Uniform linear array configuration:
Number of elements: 64
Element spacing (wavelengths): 0.25
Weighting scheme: uniform
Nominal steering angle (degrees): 45
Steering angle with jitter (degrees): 43.975
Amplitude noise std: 0.05
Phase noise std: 0.05

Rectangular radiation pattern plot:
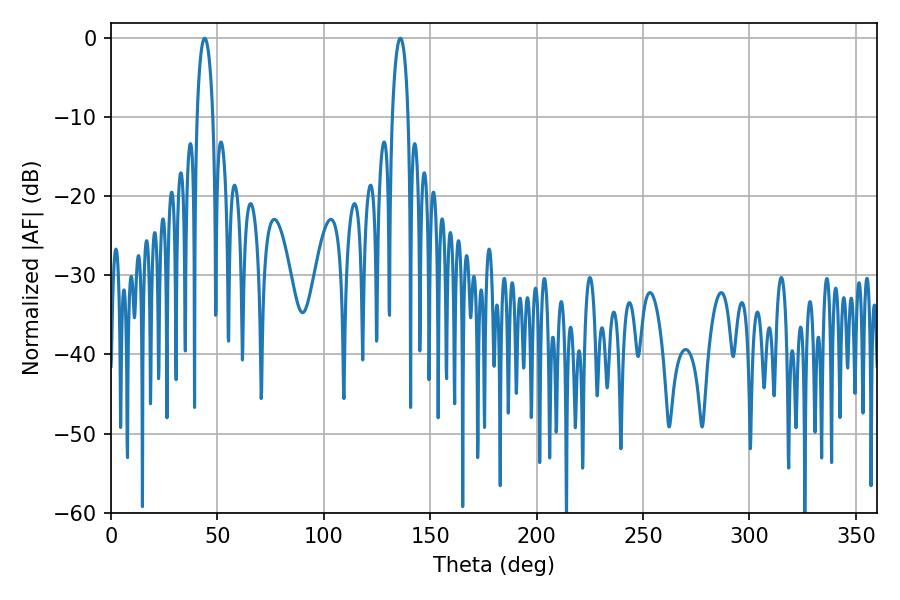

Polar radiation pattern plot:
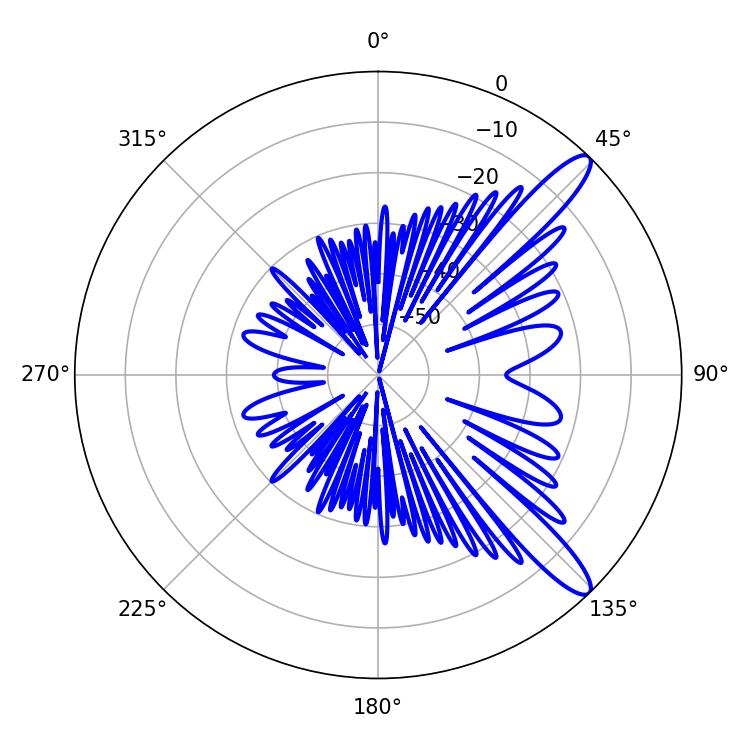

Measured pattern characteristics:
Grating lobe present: FALSE
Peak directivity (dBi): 12.205
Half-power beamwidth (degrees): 4.32
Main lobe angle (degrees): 135.9